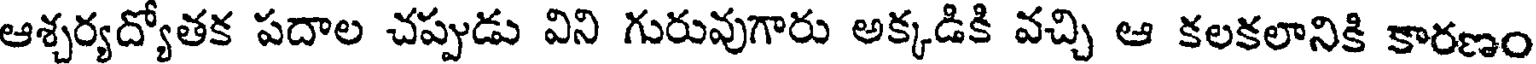
ఆశ్చర్యద్యోతక పదాల చప్పుడు విని గురువుగారు అక్కడికి వచ్చి ఆ కలకలానికి కారణం